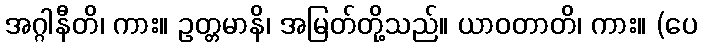
အဂ္ဂါနီတိ၊ ကား။ ဥတ္တမာနိ၊ အမြတ်တို့သည်။ ယာဝတာတိ၊ ကား။ (ပေ